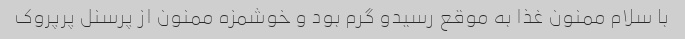
با سلام ممنون غذا به موقع رسیدو گرم بود و خوشمزه ممنون از پرسنل پرپروک